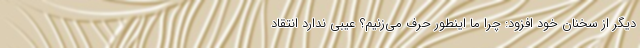
دیگر از سخنان خود افزود: چرا ما اینطور حرف می‌زنیم؟ عیبی ندارد انتقاد